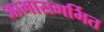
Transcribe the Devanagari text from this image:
आभासगर्भित